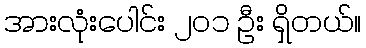
အားလုံးပေါင်း ၂၀၁ ဦး ရှိတယ်။